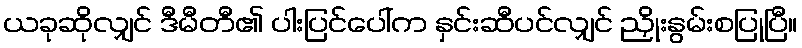
ယခုဆိုလျှင် ဒီမီတီ၏ ပါးပြင်ပေါ်က နှင်းဆီပင်လျှင် ညှိုးနွမ်းစပြုပြီ။